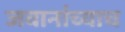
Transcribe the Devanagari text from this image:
जवानांच्याच